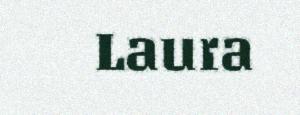
Laura